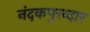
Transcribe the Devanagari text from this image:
नंदकपुरव्दार